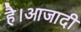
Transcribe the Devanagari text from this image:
है।आजादी